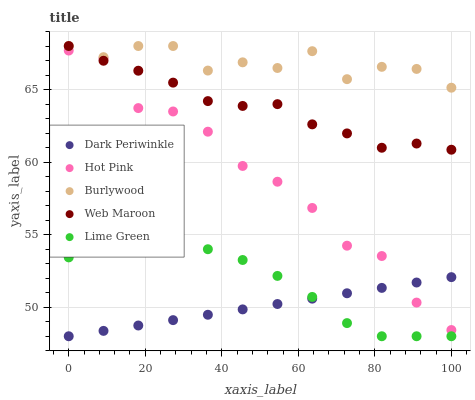
| xaxis_label | Dark Periwinkle | Hot Pink | Burlywood | Web Maroon | Lime Green |
 | --- | --- | --- | --- | --- | --- |
 | 0 | 48 | 67.7 | 68 | 68 | 53.4 |
 | 9.09 | 48.4 | 67.2 | 67.2 | 67 | 54.1 |
 | 18.2 | 48.7 | 63.7 | 68 | 66.3 | 54.4 |
 | 27.3 | 49.1 | 63.5 | 68 | 65.5 | 54.4 |
 | 36.4 | 49.5 | 62.1 | 66.3 | 64.2 | 54 |
 | 45.5 | 49.9 | 59.7 | 66.9 | 63.9 | 53.3 |
 | 54.5 | 50.2 | 58.6 | 66.5 | 64 | 52.2 |
 | 63.6 | 50.6 | 56.8 | 67.6 | 62.6 | 50.7 |
 | 72.7 | 51 | 54.2 | 65.7 | 62 | 48.9 |
 | 81.8 | 51.3 | 53.5 | 66.6 | 61 | 48 |
 | 90.9 | 51.7 | 50.3 | 66.4 | 61.3 | 48 |
 | 100 | 52.1 | 48.4 | 65.1 | 60.9 | 48 |